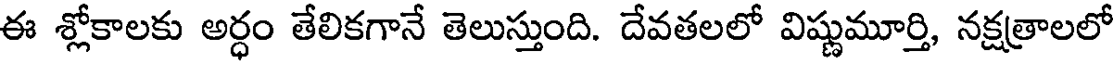
ఈ శ్లోకాలకు అర్ధం తేలికగానే తెలుస్తుంది. దేవతలలో విష్ణుమూర్తి, నక్షత్రాలలో